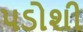
પડોશી